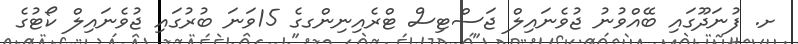
ށ. ފުނަދޫގައި ބޭއްވުނު ޖުވެނައިލް ޖަސްޓިސް ޓްރެއިނިންގގެ 15ވަނަ ބުރުގައި ޖުވެނައިލް ކޯޓުގެ